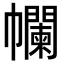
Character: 幱